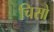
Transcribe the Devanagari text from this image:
चिसो